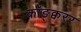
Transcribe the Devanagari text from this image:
कॉङ्क्वरर